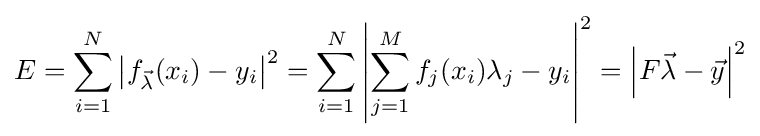
E=\sum _{i=1}^{N}\left\vert f_{\vec {\lambda }}(x_{i})-y_{i}\right\vert ^{2}=\sum _{i=1}^{N}\left\vert \sum _{j=1}^{M}f_{j}(x_{i})\lambda _{j}-y_{i}\right\vert ^{2}=\left\vert F{\vec {\lambda }}-{\vec {y}}\right\vert ^{2}